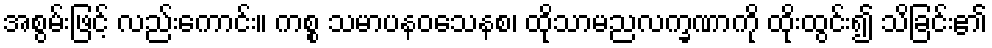
အစွမ်းဖြင့် လည်းကောင်း။ ကစ္စ သမာပနဝသေနစ၊ ထိုသာမညလက္ခဏာကို ထိုးထွင်း၍ သိခြင်း၏